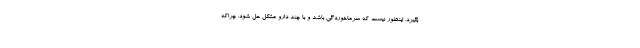
بگیرد. اینطور نیست که سرماخوردگی باشد و با چند دارو مشکل حل شود. چراکه